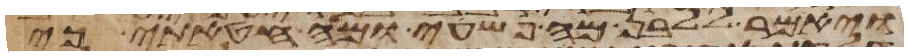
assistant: ויאמר ללבן מה פשעי ומה חטאתי כי